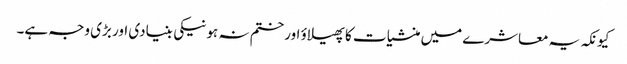
کیونکہ یہ معاشرے میں منشیات کا پھیلاؤ اور ختم نہ ہونیکی بنیادی اور بڑی وجہ ہے۔